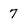
Character: 7